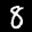
Label: 8